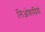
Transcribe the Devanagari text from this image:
लिओकादियो